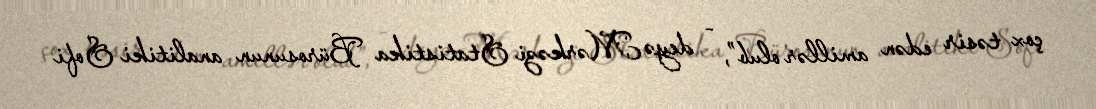
çox təsir edən amillər olub”, - deyə Mərkəzi Statistika Bürosunun analitiki Sofi